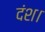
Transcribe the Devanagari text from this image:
दंश।